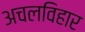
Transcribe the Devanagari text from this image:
अचलविहार